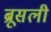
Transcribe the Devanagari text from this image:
ब्रूसली